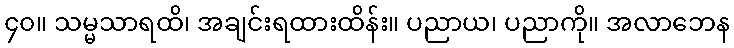
၄၀။ သမ္မသာရထိ၊ အချင်းရထားထိန်း။ ပညာယ၊ ပညာကို။ အလာဘေန